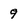
Character: 9